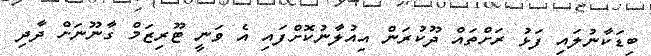
ބިޑަކާނުލައި ފަޅު ރަށްތައް ދޫކުރަން އިއުލާނުކޮށްފައި އެ ވަނީ ޓޫރިޒަމް ގާނޫނަށް ދާދި